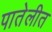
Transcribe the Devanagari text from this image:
पातेलीत